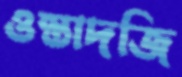
ওস্তাদজি